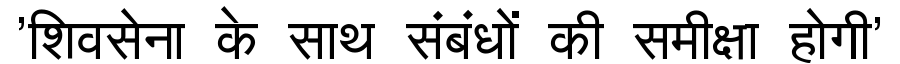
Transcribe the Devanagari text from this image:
'शिवसेना के साथ संबंधों की समीक्षा होगी'